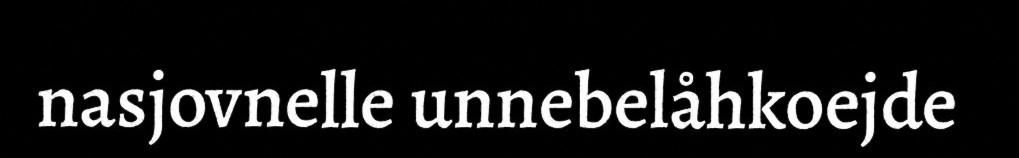
nasjovnelle unnebelåhkoejde